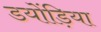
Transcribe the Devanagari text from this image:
डयोंड़िया